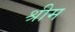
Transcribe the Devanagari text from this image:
श्रीम